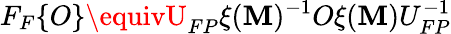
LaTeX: F_{F}\{ O\} \equivU_{FP}\xi(\mathbf{M})^{-1}O\xi(\mathbf{M})U_{FP}^{-1}